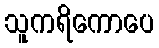
သူကရိကောပေ